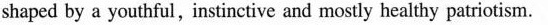
shaped by a youthful, instinctive and mostly healthy patriotism.